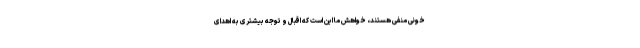
خونی منفی هستند، خواهش ما این است که اقبال و توجه بیشتری به اهدای